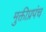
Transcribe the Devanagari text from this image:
मुक्तीप्रपंच